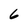
Character: 6